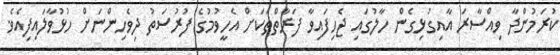
ކުރަމުންދާ ވިއްސާރަ އާއިގުޅިގެން ހާލުގައި ޖެހިފައިވާ ފަރާތްތަކަށް އެހީވުމުގެ ފުރުސަތު ދިވެހިންނަށް ހުޅުވާލައިފިއެވެ.